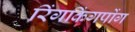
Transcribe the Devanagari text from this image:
रिंगकिंगपोंग